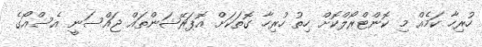
ހުރިހާ ކަމެއް މި ކޮންޓްރޯލްކޮށް ހިތު ހުރިހާ ގޮތަކަށް އޮޕަރޭޝަންތައް ޖައްސަނީ އެސްއޯގެ